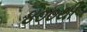
૪૦૦થી